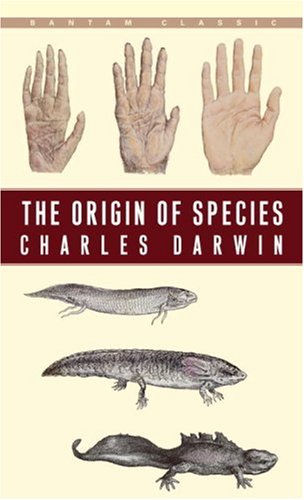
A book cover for The Origin of Species; Charles Darwin; Science & Math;